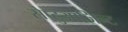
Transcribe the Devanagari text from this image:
सेप्टुआजिन्ट